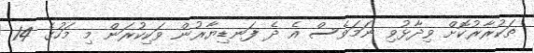
ތަކުރާރުކޮށް ވިދާޅުވި ނަމަވެސް އެ ދެ ފަނޑިޔާރުން ވަކިކުރަން މި މަހުގެ 14